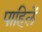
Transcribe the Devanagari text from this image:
पाहिलें